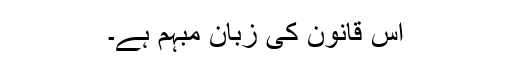
اس قانون کی زبان مبہم ہے۔